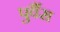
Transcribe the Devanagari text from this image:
पुर्वैस